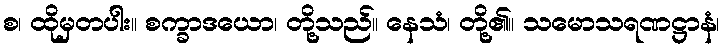
စ၊ ထိုမှတပါး။ စက္ခာဒယော၊ တို့သည်။ နေသံ၊ တို့၏။ သမောသရဏဋ္ဌာနံ၊